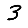
Digit: 3